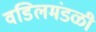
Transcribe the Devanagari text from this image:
वडिलमंडळी